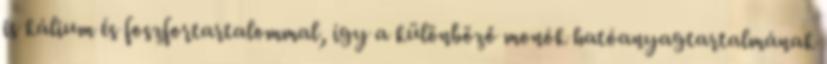
is kálium és foszfortartalommal, így a különböző monók hatóanyagtartalmának